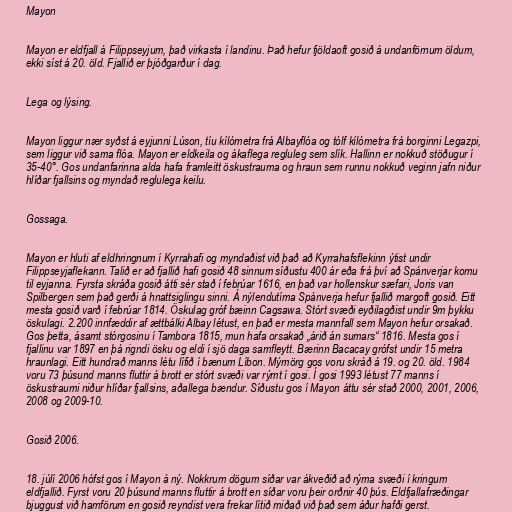
Mayon

Mayon er eldfjall á Filippseyjum, það virkasta í landinu. Það hefur fjöldaoft gosið á undanförnum öldum,
ekki síst á 20. öld. Fjallið er þjóðgarður í dag.

Lega og lýsing.

Mayon liggur nær syðst á eyjunni Lúson, tíu kílómetra frá Albayflóa og tólf kílómetra frá borginni Legazpi,
sem liggur við sama flóa. Mayon er eldkeila og ákaflega regluleg sem slík. Hallinn er nokkuð stöðugur í
35-40°. Gos undanfarinna alda hafa framleitt öskustrauma og hraun sem runnu nokkuð veginn jafn niður
hlíðar fjallsins og myndað reglulega keilu.

Gossaga.

Mayon er hluti af eldhringnum í Kyrrahafi og myndaðist við það að Kyrrahafsflekinn ýtist undir
Filippseyjaflekann. Talið er að fjallið hafi gosið 48 sinnum síðustu 400 ár eða frá því að Spánverjar komu
til eyjanna. Fyrsta skráða gosið átti sér stað í febrúar 1616, en það var hollenskur sæfari, Joris van
Spilbergen sem það gerði á hnattsiglingu sinni. Á nýlendutíma Spánverja hefur fjallið margoft gosið. Eitt
mesta gosið varð í febrúar 1814. Öskulag gróf bæinn Cagsawa. Stórt svæði eyðilagðist undir 9m þykku
öskulagi. 2.200 innfæddir af ættbálki Albay létust, en það er mesta mannfall sem Mayon hefur orsakað.
Gos þetta, ásamt stórgosinu í Tambora 1815, mun hafa orsakað „árið án sumars“ 1816. Mesta gos í
fjallinu var 1897 en þá rigndi ösku og eldi í sjö daga samfleytt. Bærinn Bacacay grófst undir 15 metra
hraunlagi. Eitt hundrað manns létu lífið í bænum Líbon. Mýmörg gos voru skráð á 19. og 20. öld. 1984
voru 73 þúsund manns fluttir á brott er stórt svæði var rýmt í gosi. Í gosi 1993 létust 77 manns í
öskustraumi niður hlíðar fjallsins, aðallega bændur. Síðustu gos í Mayon áttu sér stað 2000, 2001, 2006,
2008 og 2009-10.

Gosið 2006.

18. júlí 2006 hófst gos í Mayon á ný. Nokkrum dögum síðar var ákveðið að rýma svæði í kringum
eldfjallið. Fyrst voru 20 þúsund manns fluttir á brott en síðar voru þeir orðnir 40 þús. Eldfjallafræðingar
bjuggust við hamförum en gosið reyndist vera frekar lítið miðað við það sem áður hafði gerst.